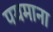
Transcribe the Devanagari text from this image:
पयमाना